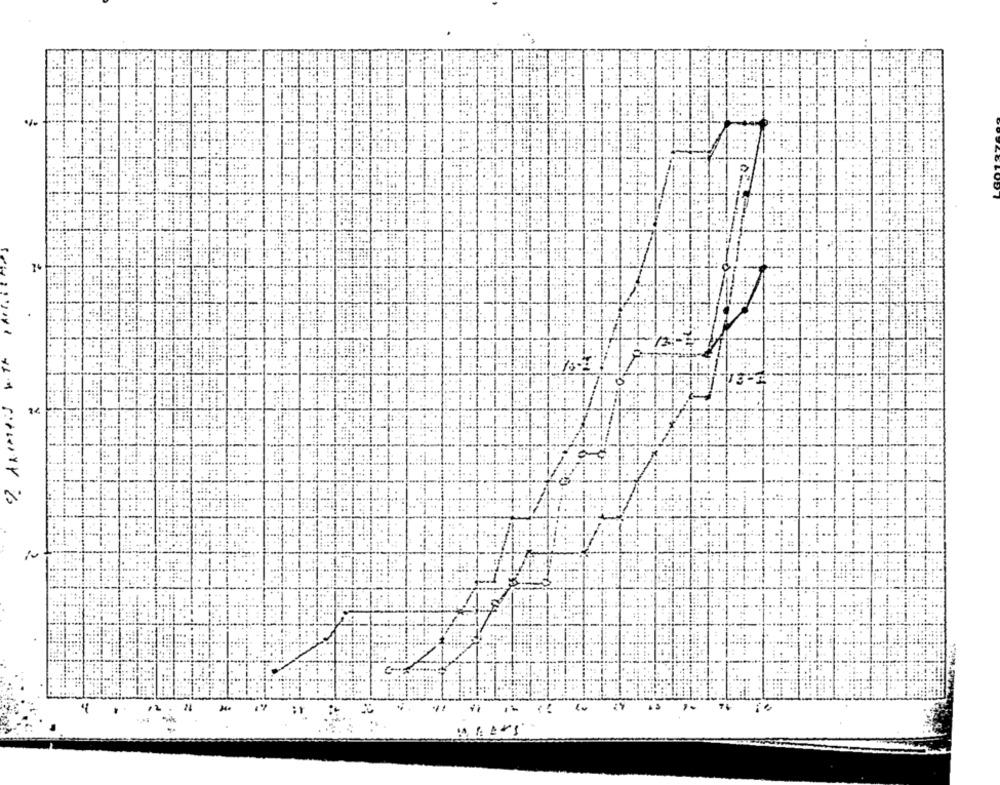
74
1.